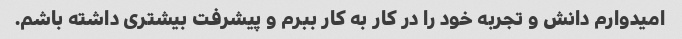
امیدوارم دانش و تجربه خود را در کار به کار ببرم و پیشرفت بیشتری داشته باشم.